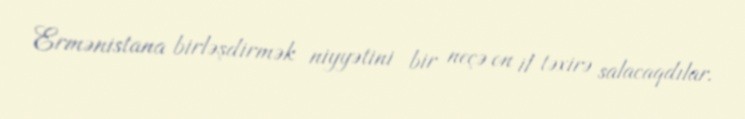
Ermənistana birləşdirmək niyyətini bir neçə on il təxirə salacaqdılar.